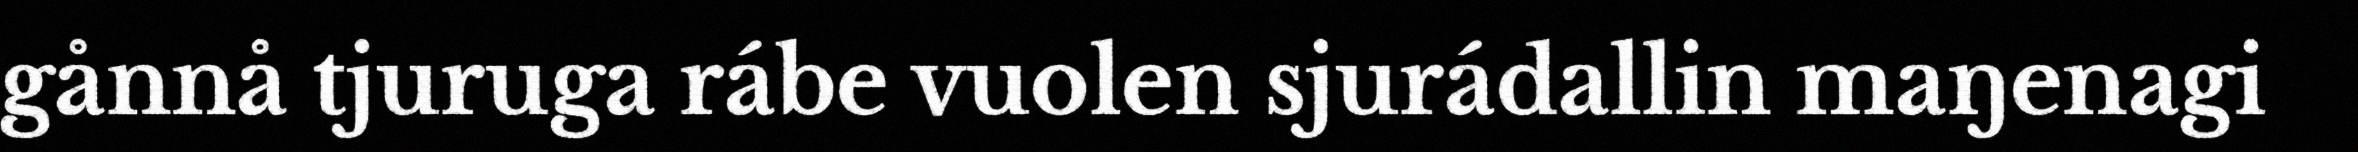
gånnå tjuruga rábe vuolen sjurádallin maŋenagi